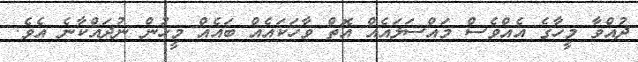
ދުއްވާ މީހާގެ އެއްވެސް މައްސަލައެއް އޮތް ވާހަކައެއް ބައެއް މީހުން ނުދައްކާނެ އެވެ.